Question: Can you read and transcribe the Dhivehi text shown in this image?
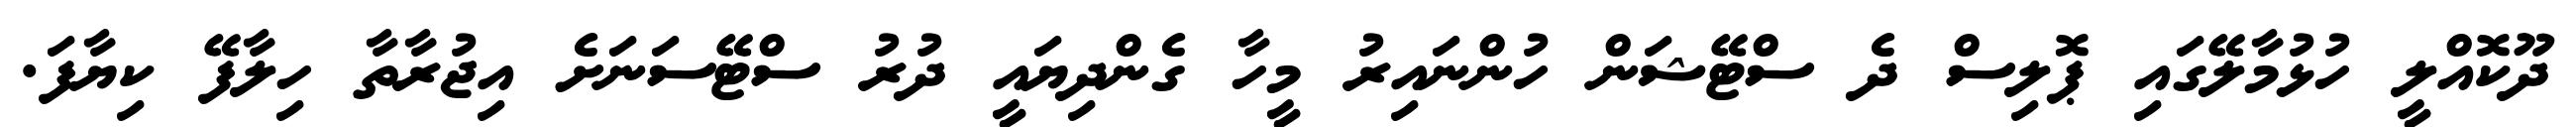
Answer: ދޫކޮއްލީ ހުޅުމާލޭގައި ޕޮލިސް ދެ ސްޓޭޝަން ހުންނައިރު މީހާ ގެންދިޔައީ ދުރު ސްޓޭސަނަށެ އިޖުރާތާ ހިލާފޭ ކިޔާފަ.